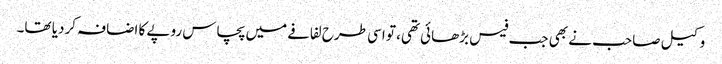
وکیل صاحب نے بھی جب فیس بڑھائی تھی، تو اسی طرح لفافے میں پچاس روپے کا اضافہ کردیا تھا۔